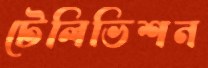
টেলিভিশন